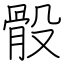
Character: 骰